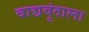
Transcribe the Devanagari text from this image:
वाद्यवृंदाला